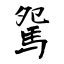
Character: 駌